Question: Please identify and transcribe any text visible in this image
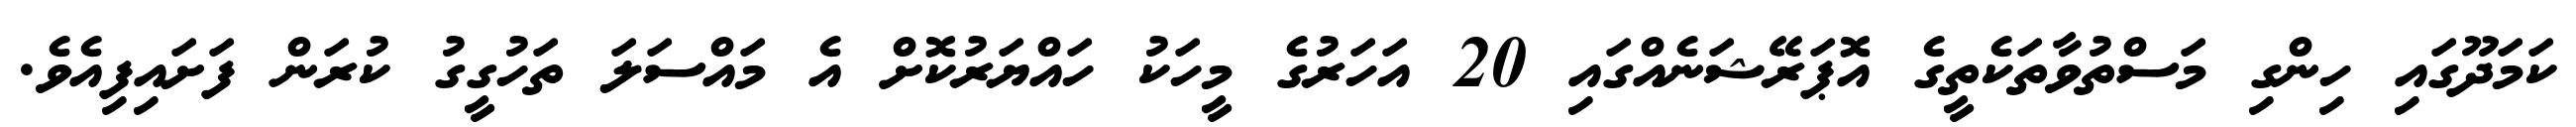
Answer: ކަމަދޫގައި ހިންގި މަސްތުވާތަކެތީގެ އޮޕަރޭޝަނެއްގައި 20 އަހަރުގެ މީހަކު ހައްޔަރުކޮށް އެ މައްސަލަ ތަހުގީގު ކުރަން ފަށައިފިއެވެ.